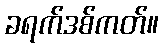
ခရက်ဒစ်ကတ်။